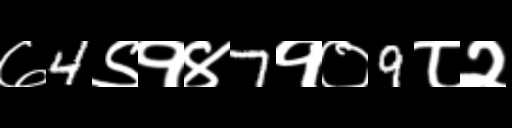
Text: ७4९१४7१०9८२